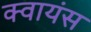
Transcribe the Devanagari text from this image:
क्वायंस